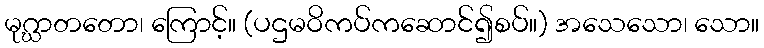
မုဂ္ဃာတတော၊ ကြောင့်။ (ပဌမဝိကပ်ကဆောင်၍စပ်။) အသေသော၊ သော။